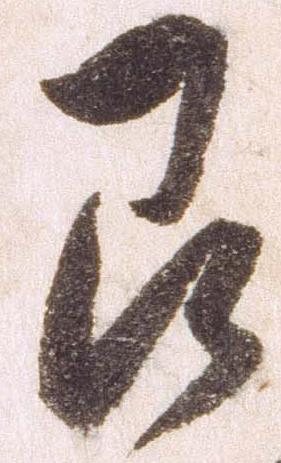
即